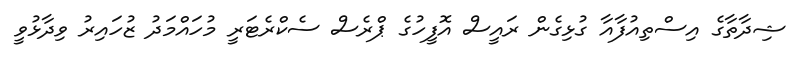
ޝިދާތާގެ އިސްތިއުފާއާ ގުޅިގެން ރައީސް އޮފީހުގެ ޕްރެސް ސެކްރެޓަރީ މުހައްމަދު ޒުހައިރު ވިދާޅުވީ